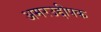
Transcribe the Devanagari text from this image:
अमरउद्दीपक